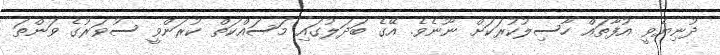
ދުނިޔެވީ އުފާތައް ހާސިލުކުރަކަށް ނޫނެވެ. އޭގެ ބަދަލުގައި މަސައްކަތް ކުރަންވީ ސުވަރުގެ ވަންތަ